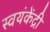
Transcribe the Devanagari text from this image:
स्वयंकेंद्री